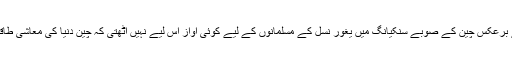
اس کے برعکس چین کے صوبے سنکیانگ میں یغور نسل کے مسلمانوں کے لیے کوئی آواز اس لیے نہیں اٹھتی کہ چین دنیا کی معاشی طاقت ہے ۔